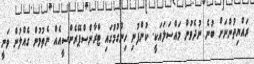
ރައްޔިތުންނަށް ބުނެ ނުދެވުން މައްސަލައަކީ. ކުންފުނި ހިންގުމުގައި ޓްރާންސްޕޭރެންސީއެއް ނެތުމުން ގެއްލުން ވަނީ